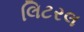
લિટરલ